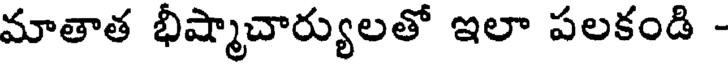
మాతాత భీష్మాచార్యులతో ఇలా పలకండి -